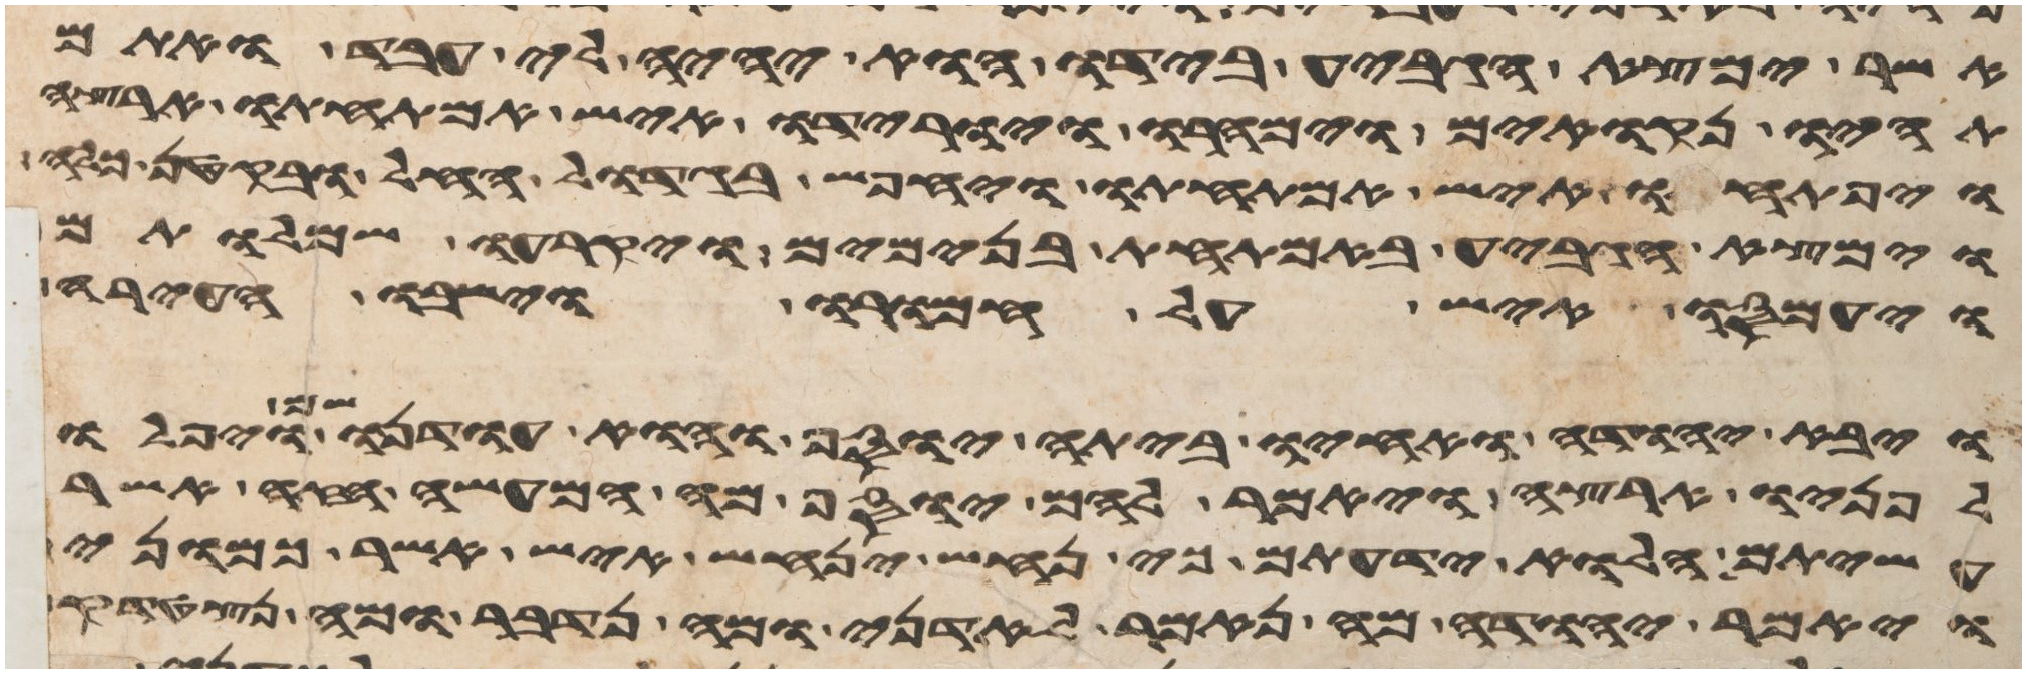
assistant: אשר נמצא הגביע בידו הוא יהיה לי עבד ואתם
תהיו נקואים וימהרו ויורידו איש אמתחתו ארצה
ויפתחו איש אמתחתו ויחפש בגדול החל ובקטן כלה
וימצא הגביע באמתחת בנימים ויקרעו שמלותם
ויעמסו איש על חמורו וישבו העירה
ויבא יהודה ואחיו ביתה יוסף והוא עודנו שם ויפלו
לפניו ארצה ויאמר להם יוסף מה המעשה הזה אשר
עשיתם הלוא ידעתם כי נחש ינחש איש אשר כמוני
ויאמר יהודה מה נאמר לאדני ומה נדבר ומה נצטדק